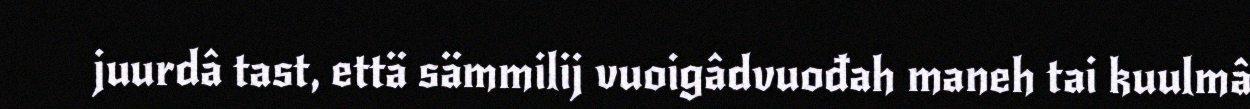
juurdâ tast, että sämmilij vuoigâdvuođah maneh tai kuulmâ